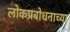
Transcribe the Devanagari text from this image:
लोकप्रबोधनाच्या